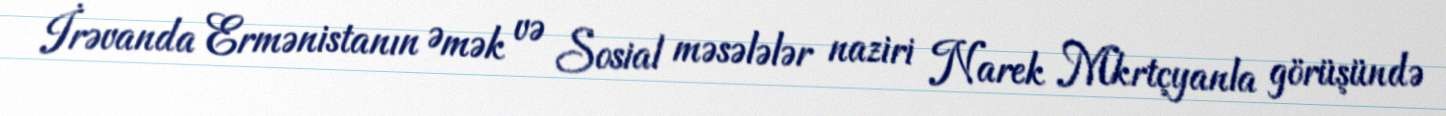
İrəvanda Ermənistanın Əmək və Sosial məsələlər naziri Narek Mkrtçyanla görüşündə